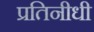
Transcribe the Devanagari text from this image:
प्रतिनीधी